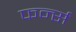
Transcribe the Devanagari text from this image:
फर्न्स